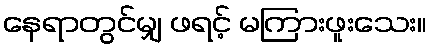
နေရာတွင်မျှ ဖရင့် မကြားဖူးသေး။